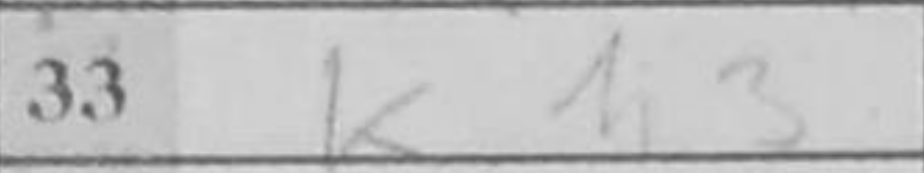
Transcription: Kh3